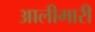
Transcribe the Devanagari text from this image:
आलीमारी